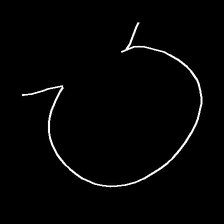
Glyph: weave